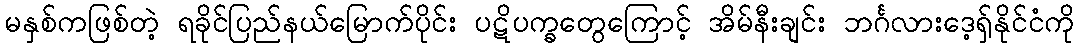
မနှစ်ကဖြစ်တဲ့ ရခိုင်ပြည်နယ်မြောက်ပိုင်း ပဋိပက္ခတွေကြောင့် အိမ်နီးချင်း ဘင်္ဂလားဒေ့ရ်ှနိုင်ငံကို